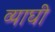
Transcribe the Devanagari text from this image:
व्याघी